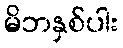
မိဘနှစ်ပါး